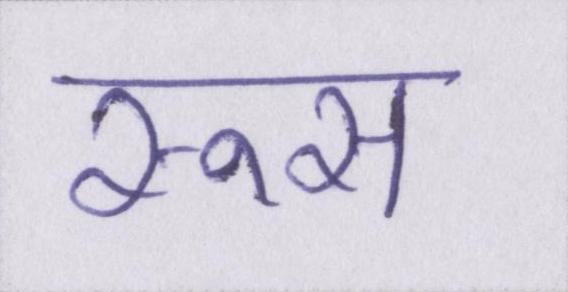
रूस